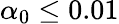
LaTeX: \alpha_{0}\leq 0.01